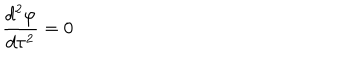
LaTeX: \frac { d ^ { 2 } \varphi } { d \tau ^ { 2 } } = 0